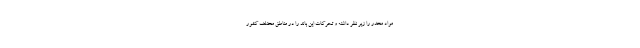
مواد مخدر را زیر نظر داشته و تحرکات این باند را در مناطق مختلف کشور